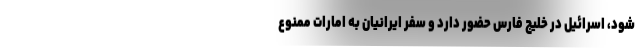
شود، اسرائیل در خلیج فارس حضور دارد و سفر ایرانیان به امارات ممنوع